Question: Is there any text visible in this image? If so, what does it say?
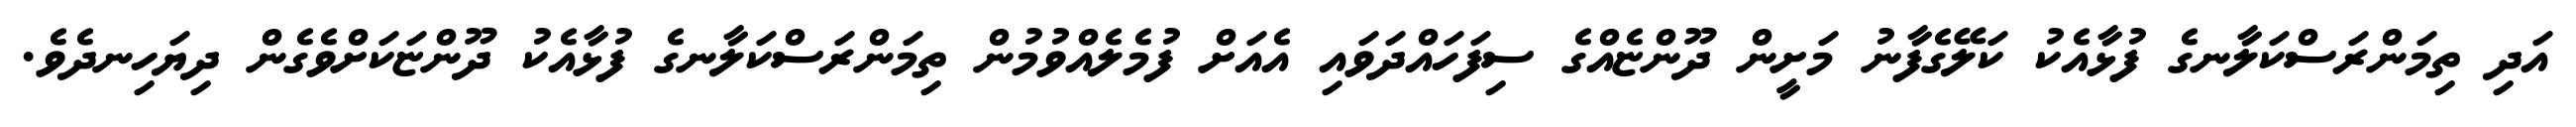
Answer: އަދި ތިމަންރަސްކަލާނގެ ފުޅާއެކު ކަލޭގެފާނު މަށީން ދޫންޏެއްގެ ސިފަހައްދަވައި އެއަށް ފުމެލެއްވުމުން ތިމަންރަސްކަލާނގެ ފުޅާއެކު ދޫންޏަކަށްވެގެން ދިޔަހިނދެވެ.